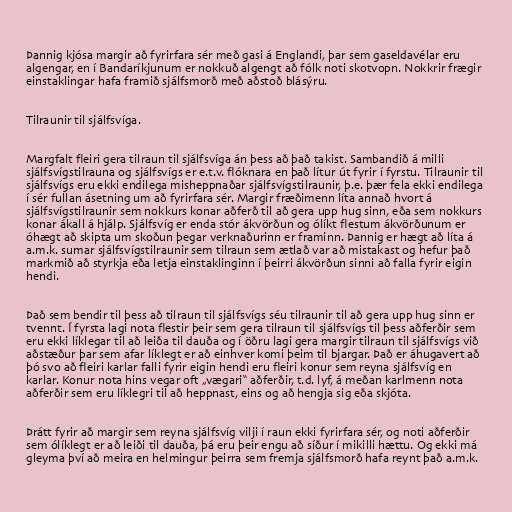
Þannig kjósa margir að fyrirfara sér með gasi á Englandi, þar sem gaseldavélar eru
algengar, en í Bandaríkjunum er nokkuð algengt að fólk noti skotvopn. Nokkrir frægir
einstaklingar hafa framið sjálfsmorð með aðstoð blásýru.

Tilraunir til sjálfsvíga.

Margfalt fleiri gera tilraun til sjálfsvíga án þess að það takist. Sambandið á milli
sjálfsvígstilrauna og sjálfsvígs er e.t.v. flóknara en það lítur út fyrir í fyrstu. Tilraunir til
sjálfsvígs eru ekki endilega misheppnaðar sjálfsvígstilraunir, þ.e. þær fela ekki endilega
í sér fullan ásetning um að fyrirfara sér. Margir fræðimenn líta annað hvort á
sjálfsvígstilraunir sem nokkurs konar aðferð til að gera upp hug sinn, eða sem nokkurs
konar ákall á hjálp. Sjálfsvíg er enda stór ákvörðun og ólíkt flestum ákvörðunum er
óhægt að skipta um skoðun þegar verknaðurinn er framinn. Þannig er hægt að líta á
a.m.k. sumar sjálfsvígstilraunir sem tilraun sem ætlað var að mistakast og hefur það
markmið að styrkja eða letja einstaklinginn í þeirri ákvörðun sinni að falla fyrir eigin
hendi.

Það sem bendir til þess að tilraun til sjálfsvígs séu tilraunir til að gera upp hug sinn er
tvennt. Í fyrsta lagi nota flestir þeir sem gera tilraun til sjálfsvígs til þess aðferðir sem
eru ekki líklegar til að leiða til dauða og í öðru lagi gera margir tilraun til sjálfsvígs við
aðstæður þar sem afar líklegt er að einhver komi þeim til bjargar. Það er áhugavert að
þó svo að fleiri karlar falli fyrir eigin hendi eru fleiri konur sem reyna sjálfsvíg en
karlar. Konur nota hins vegar oft „vægari“ aðferðir, t.d. lyf, á meðan karlmenn nota
aðferðir sem eru líklegri til að heppnast, eins og að hengja sig eða skjóta.

Þrátt fyrir að margir sem reyna sjálfsvíg vilji í raun ekki fyrirfara sér, og noti aðferðir
sem ólíklegt er að leiði til dauða, þá eru þeir engu að síður í mikilli hættu. Og ekki má
gleyma því að meira en helmingur þeirra sem fremja sjálfsmorð hafa reynt það a.m.k.